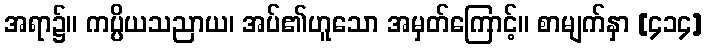
အရာ၌။ ကပ္ပိယသညာယ၊ အပ်၏ဟူသော အမှတ်ကြောင့်။ စာမျက်နှာ [၄၁၄]